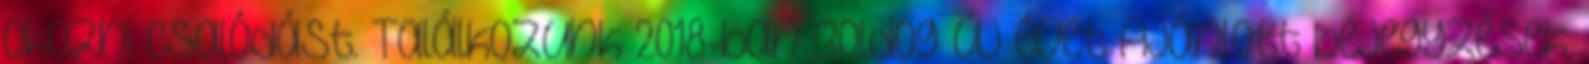
okozni csalódást. Találkozunk 2018-ban Boldog új évet Ajánlott bejegyzések: